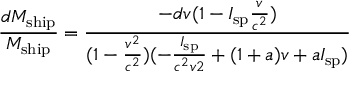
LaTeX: { \frac { d M _ { \mathrm { s h i p } } } { M _ { \mathrm { s h i p } } } } = { \frac { - d v ( 1 - I _ { \mathrm { s p } } { \frac { v } { c ^ { 2 } } } ) } { ( 1 - { \frac { v ^ { 2 } } { c ^ { 2 } } } ) ( - { \frac { I _ { \mathrm { s p } } } { c ^ { 2 } v 2 } } + ( 1 + a ) v + a I _ { \mathrm { s p } } ) } }